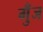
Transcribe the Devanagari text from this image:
गुँज